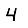
Digit: 4